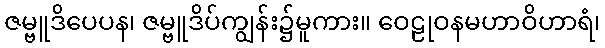
ဇမ္ဗူဒိပေပန၊ ဇမ္ဗူဒိပ်ကျွန်း၌မူကား။ ဝေဠုဝနမဟာဝိဟာရံ၊